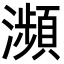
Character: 瀕